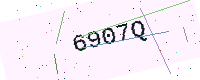
Text: 6907Q